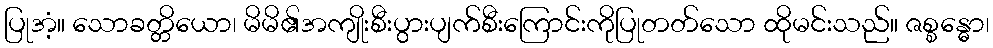
ပြုအံ့။ သောခတ္တိယော၊ မိမိ၏အကျိုးစီးပွားပျက်စီးကြောင်းကိုပြုတတ်သော ထိုမင်းသည်။ ဇစ္စန္ဓော၊